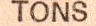
TONS